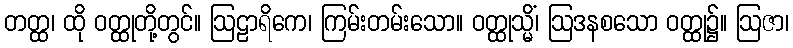
တတ္ထ၊ ထို ဝတ္ထုတို့တွင်။ ဩဠာရိကေ၊ ကြမ်းတမ်းသော။ ဝတ္ထုသ္မိံ၊ ဩဒနစသော ဝတ္ထု၌။ ဩဇာ၊